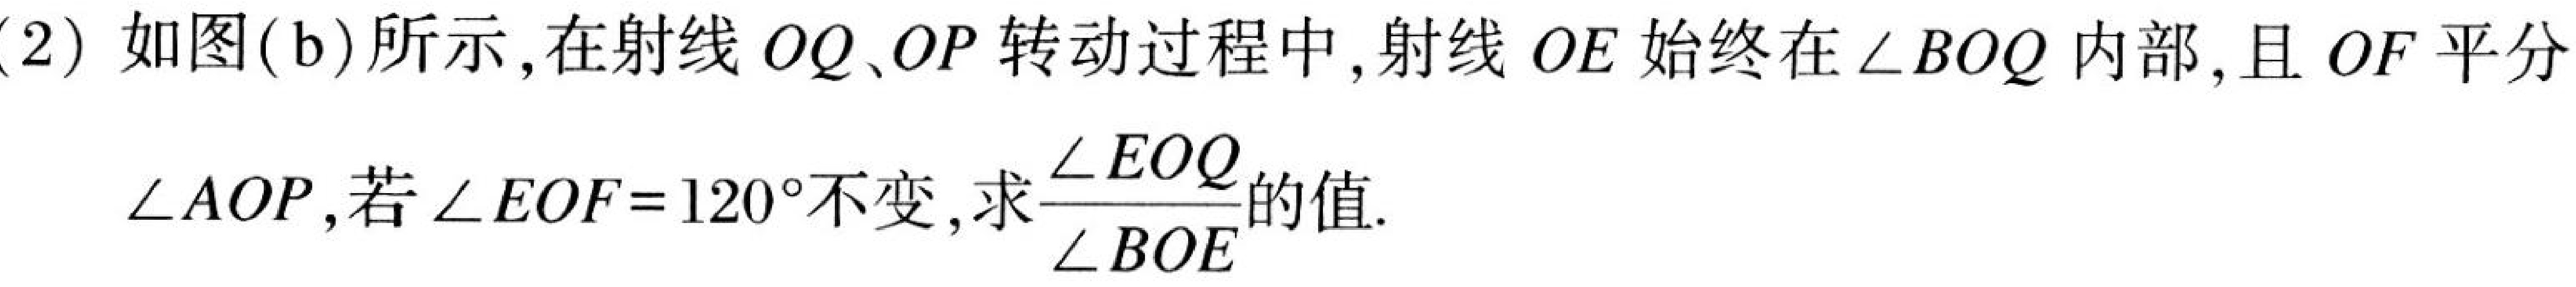
(2) 如图(b)所示,在射线 \(OQ、OP\) 转动过程中,射线 \(OE\) 始终在 \(\angle BOQ\) 内部,且 \(OF\) 平分
\(\angle AOP\),若 \(\angle EOF = 120^{\circ}\)不变,求\(\frac{\angle EOQ}{\angle BOE}\)的值.